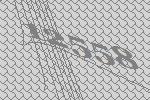
12558